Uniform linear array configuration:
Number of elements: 32
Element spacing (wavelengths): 1
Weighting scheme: hamming
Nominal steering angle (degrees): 30
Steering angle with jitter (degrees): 30.53
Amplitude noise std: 0.05
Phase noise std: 0.05

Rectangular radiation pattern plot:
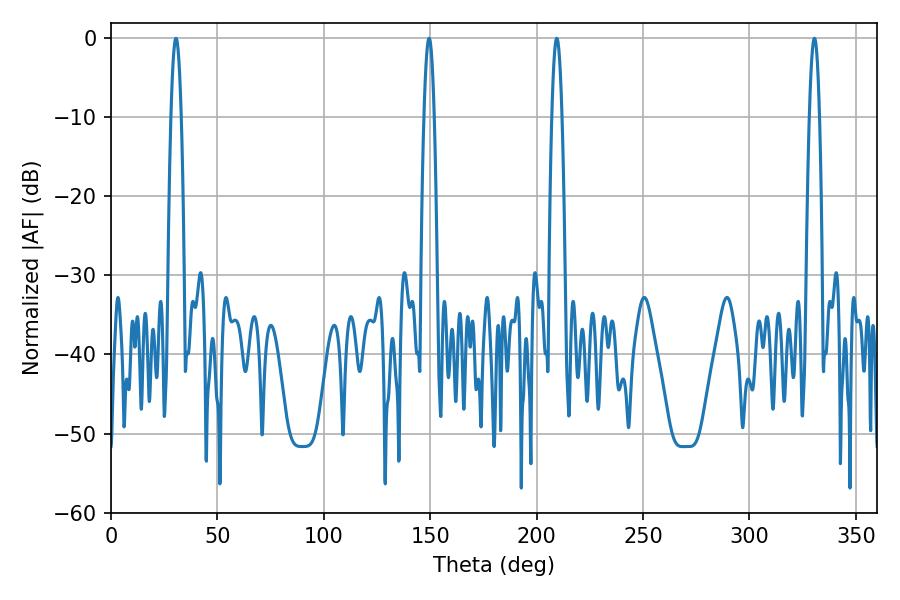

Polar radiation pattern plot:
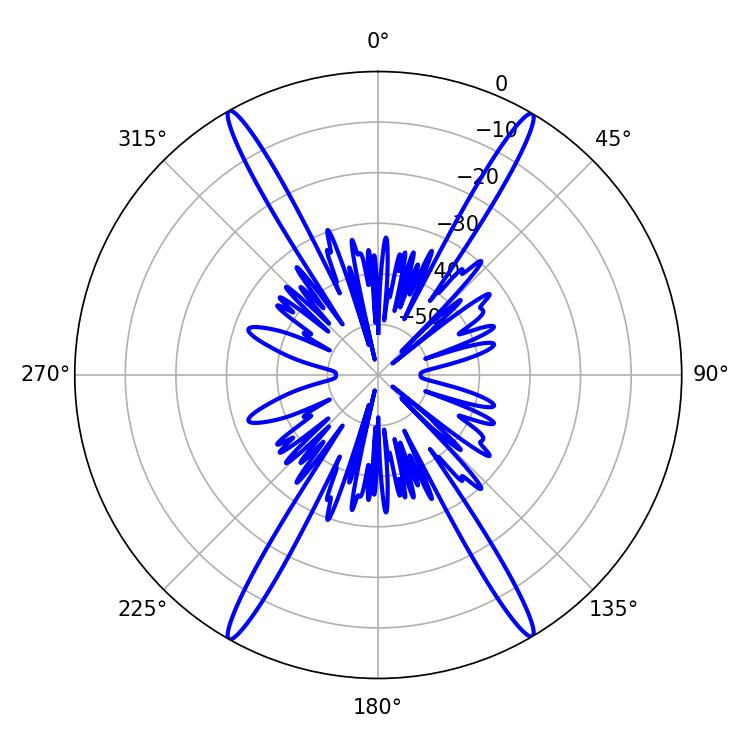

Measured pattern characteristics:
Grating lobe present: TRUE
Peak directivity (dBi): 29.638
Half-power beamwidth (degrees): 2.52
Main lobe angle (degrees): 330.48